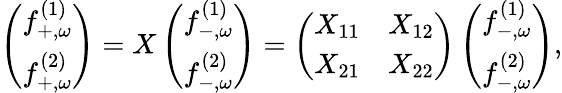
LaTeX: \begin{array}{r}{\left(\begin{array}{l}{f_{+,\omega}^{(1)}}\\ {f_{+,\omega}^{(2)}}\end{array}\right)=X\left(\begin{array}{l}{f_{-,\omega}^{(1)}}\\ {f_{-,\omega}^{(2)}}\end{array}\right)=\left(\begin{array}{ll}{X_{11}}&{X_{12}}\\ {X_{21}}&{X_{22}}\end{array}\right)\left(\begin{array}{l}{f_{-,\omega}^{(1)}}\\ {f_{-,\omega}^{(2)}}\end{array}\right),}\end{array}